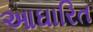
આઘારિત